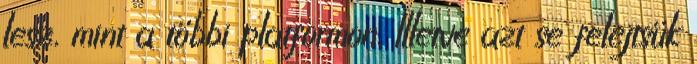
lesz, mint a többi platformon. Illetve azt se felejtsük